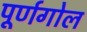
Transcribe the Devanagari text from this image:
पूर्णगोल